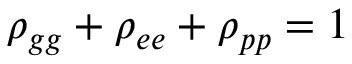
\rho _ { g g } + \rho _ { e e } + \rho _ { p p } = 1